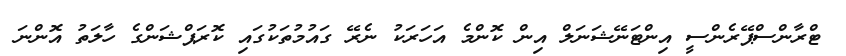
ޓްރާންސްޕޭރެންސީ އިންޓަނޭޝަނަލް އިން ކޮންމެ އަހަރަކު ނެރޭ ގައުމުތަކުގައި ކޮރަޕްޝަންގެ ހާލަތު އޮންނަ